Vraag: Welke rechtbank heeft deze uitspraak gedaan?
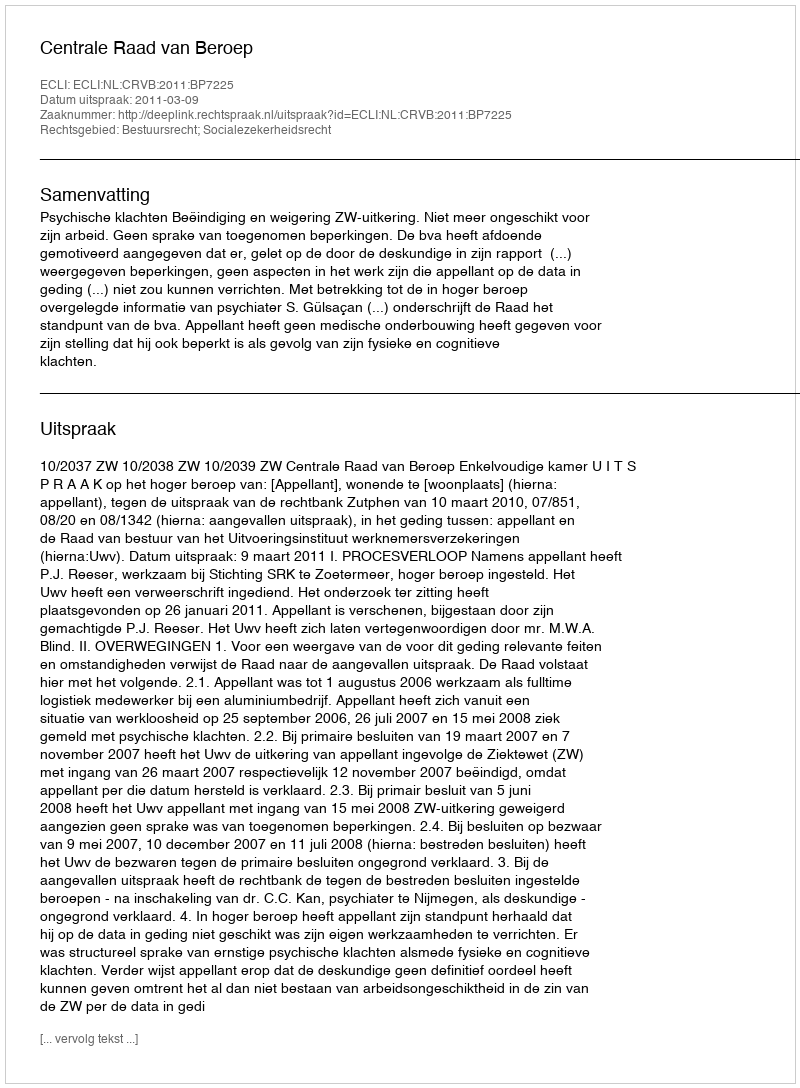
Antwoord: Centrale Raad van Beroep